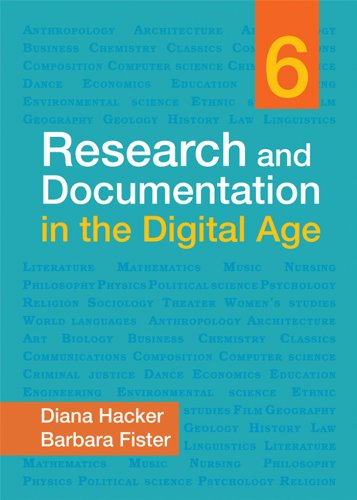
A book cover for Research and Documentation in the Digital Age; Diana Hacker; Computers & Technology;